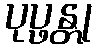
ပုပ္ဖန္တု